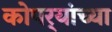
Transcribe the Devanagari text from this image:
कोपर्‍यांच्या